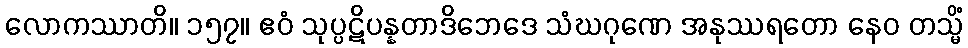
လောကဿာတိ။ ၁၅၇။ ဧဝံ သုပ္ပဋိပန္နတာဒိဘေဒေ သံဃဂုဏေ အနုဿရတော နေဝ တသ္မိံ